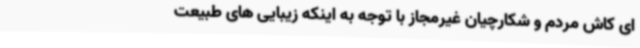
ای کاش مردم و شکارچیان غیرمجاز با توجه به اینکه زیبایی های طبیعت